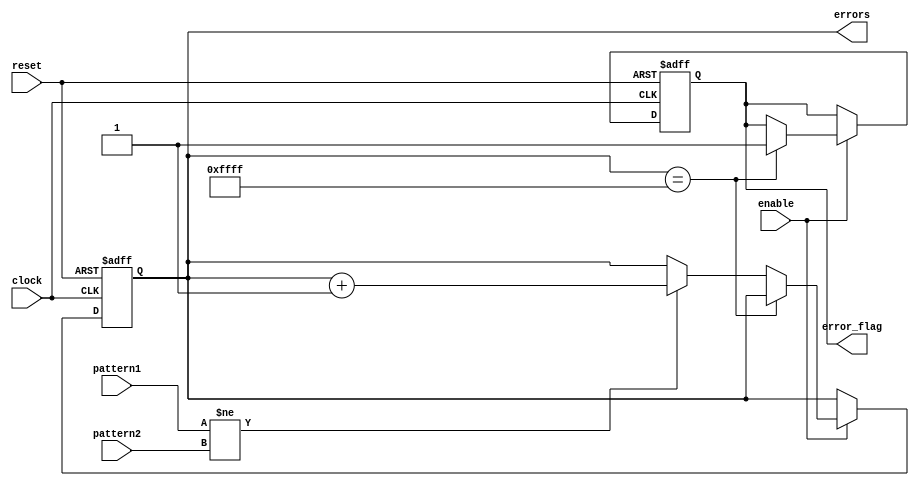
module error_counter(
pattern1,
pattern2,
clock,
reset,
enable,		//enabled by the tx enable
errors,		// number of errors
error_flag	//is set when errorcount is full
);

input pattern1;
input pattern2;
input clock;
input reset;
input enable;

output reg [15:0] errors;   // 16 bit because 4 digit Hex Display
output reg error_flag;


always @ (posedge clock or posedge reset)
	begin
		if(reset)
			begin
				errors [15:0] <= 16'b0;
				error_flag <= 1'b0;
			end	
				else if (enable)
					begin
					 // because then the display shows FFFF when 2 edges later
						if(errors[15:0] == 16'b1-2'b10)
							begin
								error_flag <= 1'b1;
							end	
						else
							if (pattern1 != pattern2)
								errors[15:0] <= errors[15:0] + 1'b1;
					end
end

endmodule